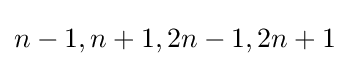
n-1,n+1,2n-1,2n+1